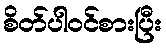
စိတ်ပါဝင်စားပြီး